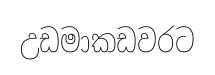
උඩමාකඩවරට